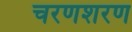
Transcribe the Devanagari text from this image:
चरणशरण